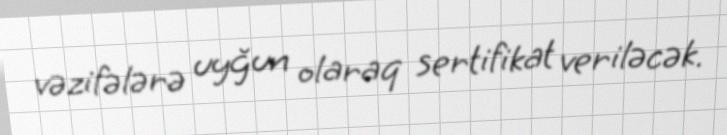
vəzifələrə uyğun olaraq sertifikat veriləcək.